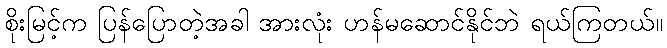
စိုးမြင့်က ပြန်ပြောတဲ့အခါ အားလုံး ဟန်မဆောင်နိုင်ဘဲ ရယ်ကြတယ်။